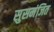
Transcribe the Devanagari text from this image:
सुसमंजित